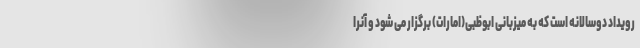
رویداد دوسالانه است که به میزبانی ابوظبی(امارات) برگزار می شود و آنرا